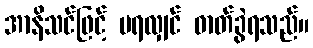
အာနိသင်ဖြင့် မရလျှင် ဓာတ်ခွဲရသည်။